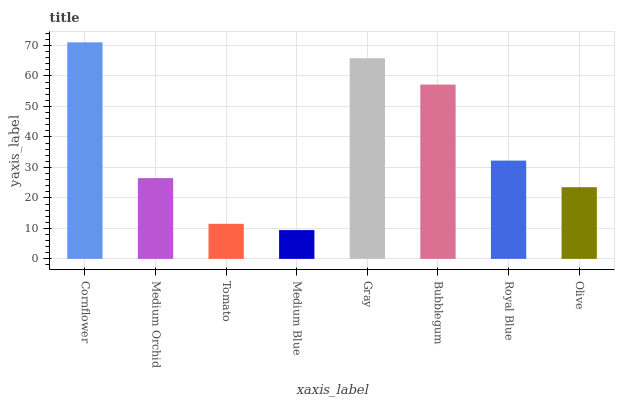
| xaxis_label | bars |
 | --- | --- |
 | Cornflower | 71 |
 | Medium Orchid | 26.5 |
 | Tomato | 11.5 |
 | Medium Blue | 9.45 |
 | Gray | 65.8 |
 | Bubblegum | 57.2 |
 | Royal Blue | 32.2 |
 | Olive | 23.5 |